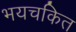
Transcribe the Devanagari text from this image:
भयचकित